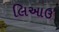
લિઆઉ